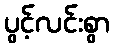
ပွင့်လင်းစွာ